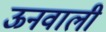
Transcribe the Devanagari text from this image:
ऊनवाली